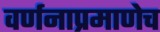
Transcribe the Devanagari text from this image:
वर्णनाप्रमाणेच